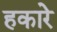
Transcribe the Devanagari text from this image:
हकारे